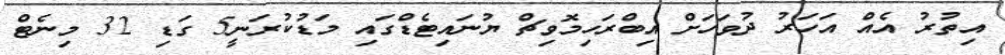
އިތުރު އެއް އަހަރު ދުވަހަށް އިބްރަހިމޮވިޗް ޔުނައިޓެޑްގައި މަޑުކުރަނީ5 ގަޑި 32 މިނެޓް